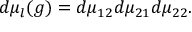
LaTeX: d \mu _ { l } ( g ) = d \mu _ { 1 2 } d \mu _ { 2 1 } d \mu _ { 2 2 } .